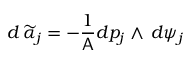
d \, \widetilde { \alpha } _ { j } = - \frac { 1 } { \mathsf { A } } d p _ { j } \wedge \, d \psi _ { j }